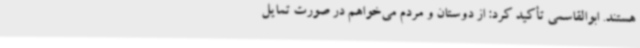
هستند. ابوالقاسمی تأکید کرد: از دوستان و مردم می‌خواهم در صورت تمایل